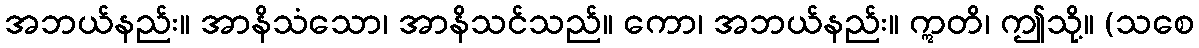
အဘယ်နည်း။ အာနိသံသော၊ အာနိသင်သည်။ ကော၊ အဘယ်နည်း။ ဣတိ၊ ဤသို့။ (သစေ